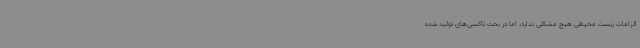
الزامات زیست محیطی هیچ مشکلی ندارد، اما در بحث تاکسی‌های تولید شده